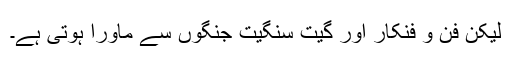
لیکن فن و فنکار اور گیت سنگیت جنگوں سے ماورا ہوتی ہے۔